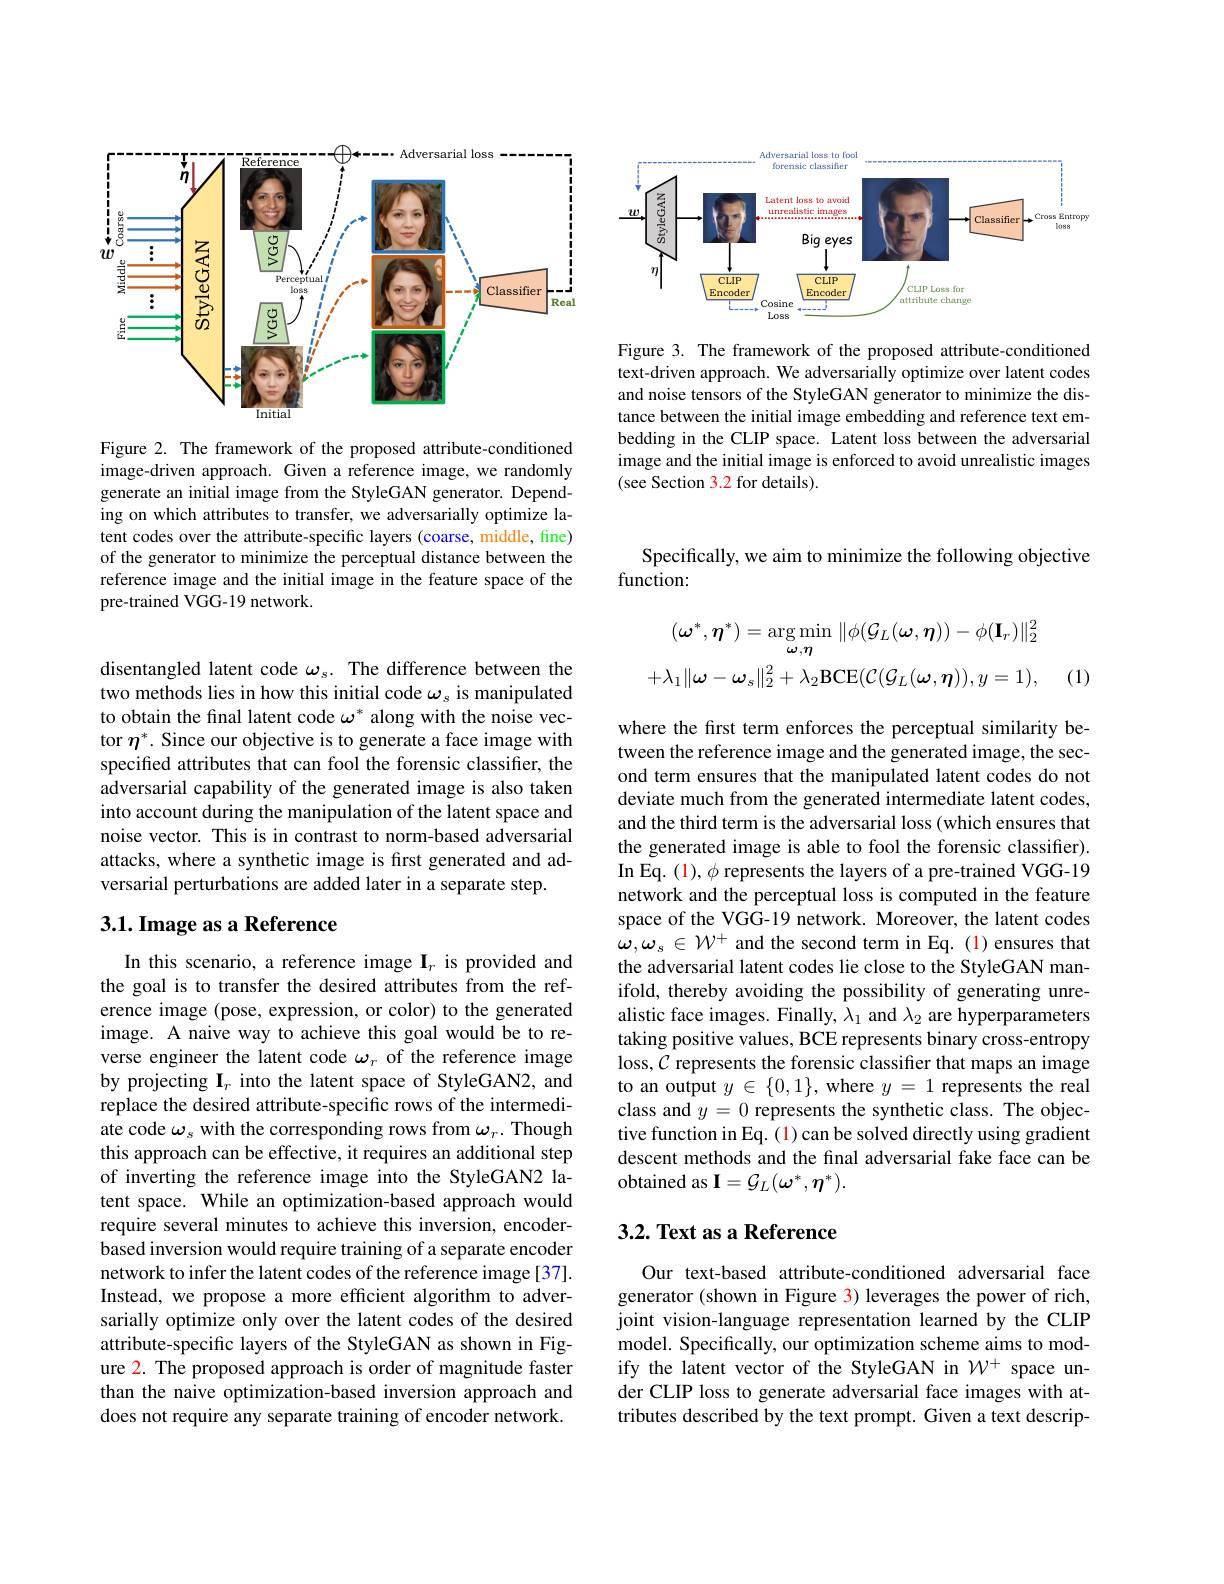
<FigureHere>

Figure 2. The framework of the proposed attribute-conditioned image-driven approach. Given a reference image, we randomly generate an initial image from the StyleGAN generator. Depending on which attributes to transfer, we adversarially optimize latent codes over the attribute-specific layers (coarse, middle, fine) of the generator to minimize the perceptual distance between the reference image and the initial image in the feature space of the pre-trained VGG-19 network.

<FigureHere>

Figure 3. The framework of the proposed attribute-conditioned text-driven approach. We adversarially optimize over latent codes and noise tensors of the StyleGAN generator to minimize the distance between the initial image embedding and reference text embedding in the CLIP space. Latent loss between the adversarial image and the initial image is enforced to avoid unrealistic images (see Section 3.2 for details).

disentangled latent code $\omega_s.$ The difference between the two methods lies in how this initial code $\omega_s$ is manipulated to obtain the final latent code $\omega^*$ along with the noise vector $\eta^*.$ Since our objective is to generate a face image with specified attributes that can fool the forensic classifier, the adversarial capability of the generated image is also taken into account during the manipulation of the latent space and noise vector. This is in contrast to norm-based adversarial attacks, where a synthetic image is fırst generated and adversarial perturbations are added later in a separate step.

## 3.1. Image as a Reference

In this scenario, a reference image $\mathbf{I}_r$ is provided and the goal is to transfer the desired attributes from the reference image (pose, expression, or color) to the generated image. A naive way to achieve this goal would be to reverse engineer the latent code $\omega_r$ of the reference image by projecting $\mathbf{I}_r$ into the latent space of StyleGAN2, and replace the desired attribute-specific rows of the intermediate code $\omega_s$ with the corresponding rows from $\omega_r.$ Though this approach can be effective, it requires an additional step of inverting the reference image into the StyleGAN2 latent space. While an optimization-based approach would require several minutes to achieve this inversion, encoderbased inversion would require training of a separate encoder network to infer the latent codes of the reference image [37]. Instead, we propose a more efficient algorithm to adversarially optimize only over the latent codes of the desired attribute-specific layers of the StyleGAN as shown in Figure 2. The proposed approach is order of magnitude faster than the naive optimization-based inversion approach and does not require any separate training of encoder network.

Specifically, we aim to minimize the following objective
## function:
$$(\boldsymbol{\omega}^{*},\boldsymbol{\eta}^{*})=\arg\min_{\boldsymbol{\omega},\boldsymbol{\eta}}\|\phi(\mathcal{G}_{L}(\boldsymbol{\omega},\boldsymbol{\eta}))-\phi(\mathbf{I}_{r})\|_{2}^{2}\\+\lambda_{1}\|\boldsymbol{\omega}-\boldsymbol{\omega}_{s}\|_{2}^{2}+\lambda_{2}\mathrm{BCE}(\mathcal{C}(\mathcal{G}_{L}(\boldsymbol{\omega},\boldsymbol{\eta})),y=1),$$
(1)

where the first term enforces the perceptual similarity between the reference image and the generated image, the second term ensures that the manipulated latent codes do not deviate much from the generated intermediate latent codes, and the third term is the adversarial loss (which ensures that the generated image is able to fool the forensic classiffer). In Eq. (1), $\phi$ represents the layers of a pre-trained VGG-19 network and the perceptual loss is computed in the feature space of the VGG-19 network. Moreover, the latent codes $\omega,\omega_{s}\in\mathcal{W}^{+}$ and the second term in Eq.(1) ensures that the adversarial latent codes lie close to the StyleGAN manifold, thereby avoiding the possibility of generating unrealistic face images. Finally, $\lambda_1$ and $\lambda_2$ are hyperparameters taking positive values, BCE represents binary cross-entropy loss, $\mathcal{C}$ represents the forensic classifter that maps an image to an output $y\in\{0,1\}$, where $y=1$ represents the real class and $y=0$ represents the synthetic class. The objective function in Eq. (1) can be solved directly using gradient descent methods and the final adversarial fake face can be ${\mathrm{obtained~as~I}}={\mathcal{G}}_{L}(\omega^{*},\eta^{*}).$

## 3.2. Text as a Reference

Our text-based attribute-conditioned adversarial face generator (shown in Figure 3) leverages the power of rich, joint vision-language representation learned by the CLIP model. Specifically, our optimization scheme aims to modify the latent vector of the StyleGAN in $\mathcal{W}^+$ space under CLIP loss to generate adversarial face images with attributes described by the text prompt. Given a text descrip-